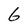
Character: 6